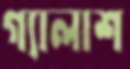
গ্যালাশ